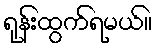
ရုန်းထွက်ရမယ်။